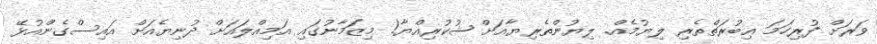
ވަރަށް ފުރިހަމަ ޢިބުރަތްތެރި ލިޔުމެއް. ލިޔުންތެރިޔާއަށް ޝުކުރިއްޔާ! މިޒަމާނުގައި އަމިއްލައަށް ދުނިޔެއަށް އައިސްގެންއުޅޭ